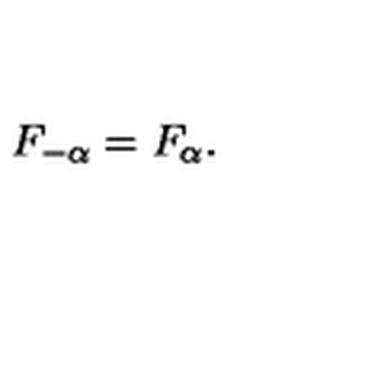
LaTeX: F _ { - \alpha } = F _ { \alpha } .